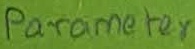
Text: Parameter